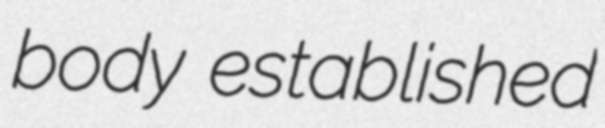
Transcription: body established